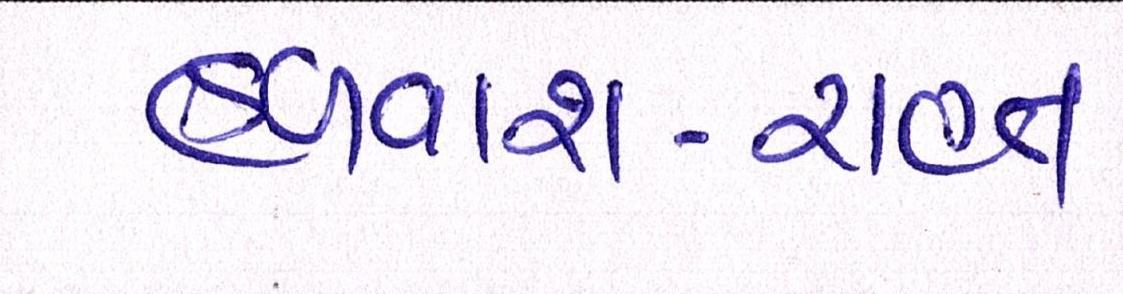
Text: હળવાશ-રાહત